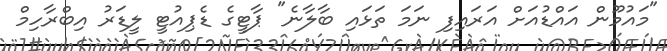
"މައުމޫން އައްޑުއަށް އަރައިފި ނަމަ ތަޅައި ބާލާނެ" ޕާޓީގެ ޑެޕިއުޓީ ލީޑަރު އިބްރާހިމް